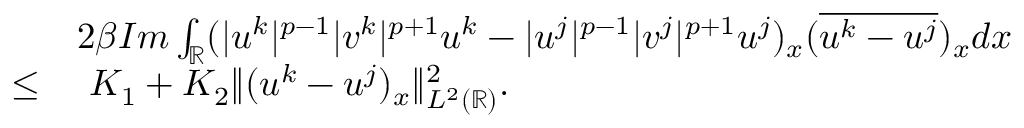
\begin{array} { r l } & { 2 \beta I m \int _ { \mathbb { R } } ( | u ^ { k } | ^ { p - 1 } | v ^ { k } | ^ { p + 1 } u ^ { k } - | u ^ { j } | ^ { p - 1 } | v ^ { j } | ^ { p + 1 } u ^ { j } ) _ { x } ( \overline { { u ^ { k } - u ^ { j } } } ) _ { x } d x } \\ { \leq } & { \ K _ { 1 } + K _ { 2 } \| ( u ^ { k } - u ^ { j } ) _ { x } \| _ { L ^ { 2 } ( \mathbb { R } ) } ^ { 2 } . } \end{array}